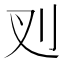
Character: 𭃆